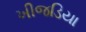
ખીજડિયા